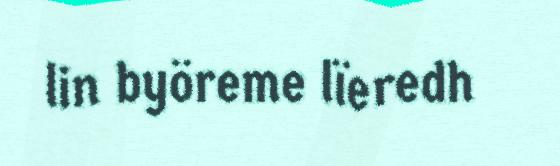
lin byöreme lïeredh